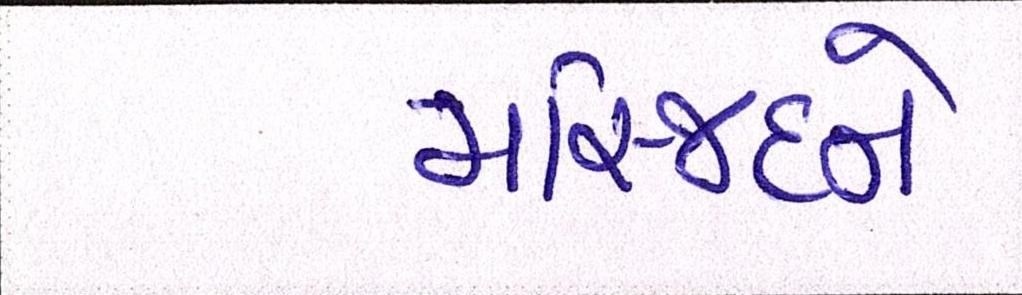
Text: મસ્જિદને